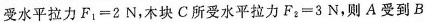
受水平拉力$$F _ { 1 } = 2 N$$ ，木块C所受水平拉力$$F _ { 2 } = 3 N$$，则A受到B